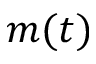
m ( t )